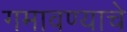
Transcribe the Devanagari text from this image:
गमावण्याचे